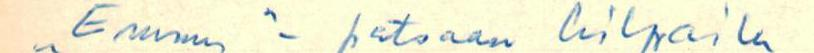
"Emmy"-patsaan kilpailu